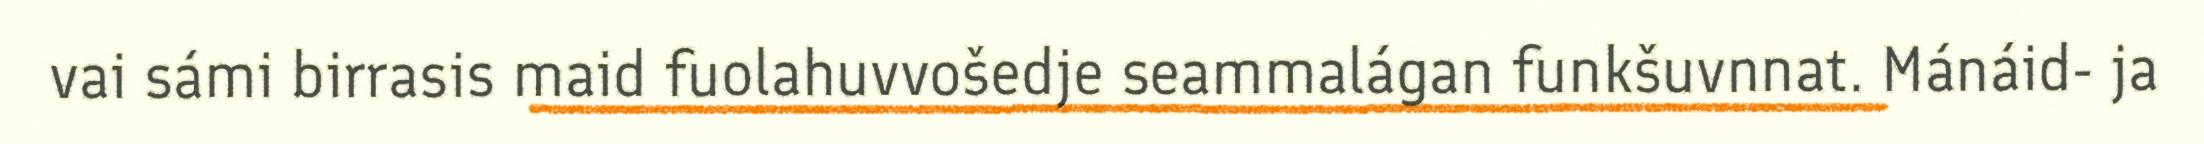
vai sámi birrasis maid fuolahuvvošedje seammalágan funkšuvnnat. Mánáid- ja